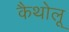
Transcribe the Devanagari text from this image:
कैथोलू